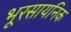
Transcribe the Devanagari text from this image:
भूरसायनिक